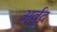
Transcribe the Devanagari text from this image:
अर्वुद